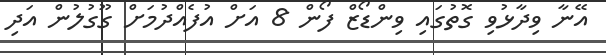
އޭނާ ވިދާޅުވި ގޮތުގައި ވިންޑޯޒް ފޯން 8 އަށް އުފެއްދުމަށް ގޫގުލުން އަދި